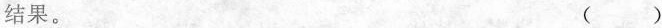
结果。( )